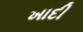
ખાદી